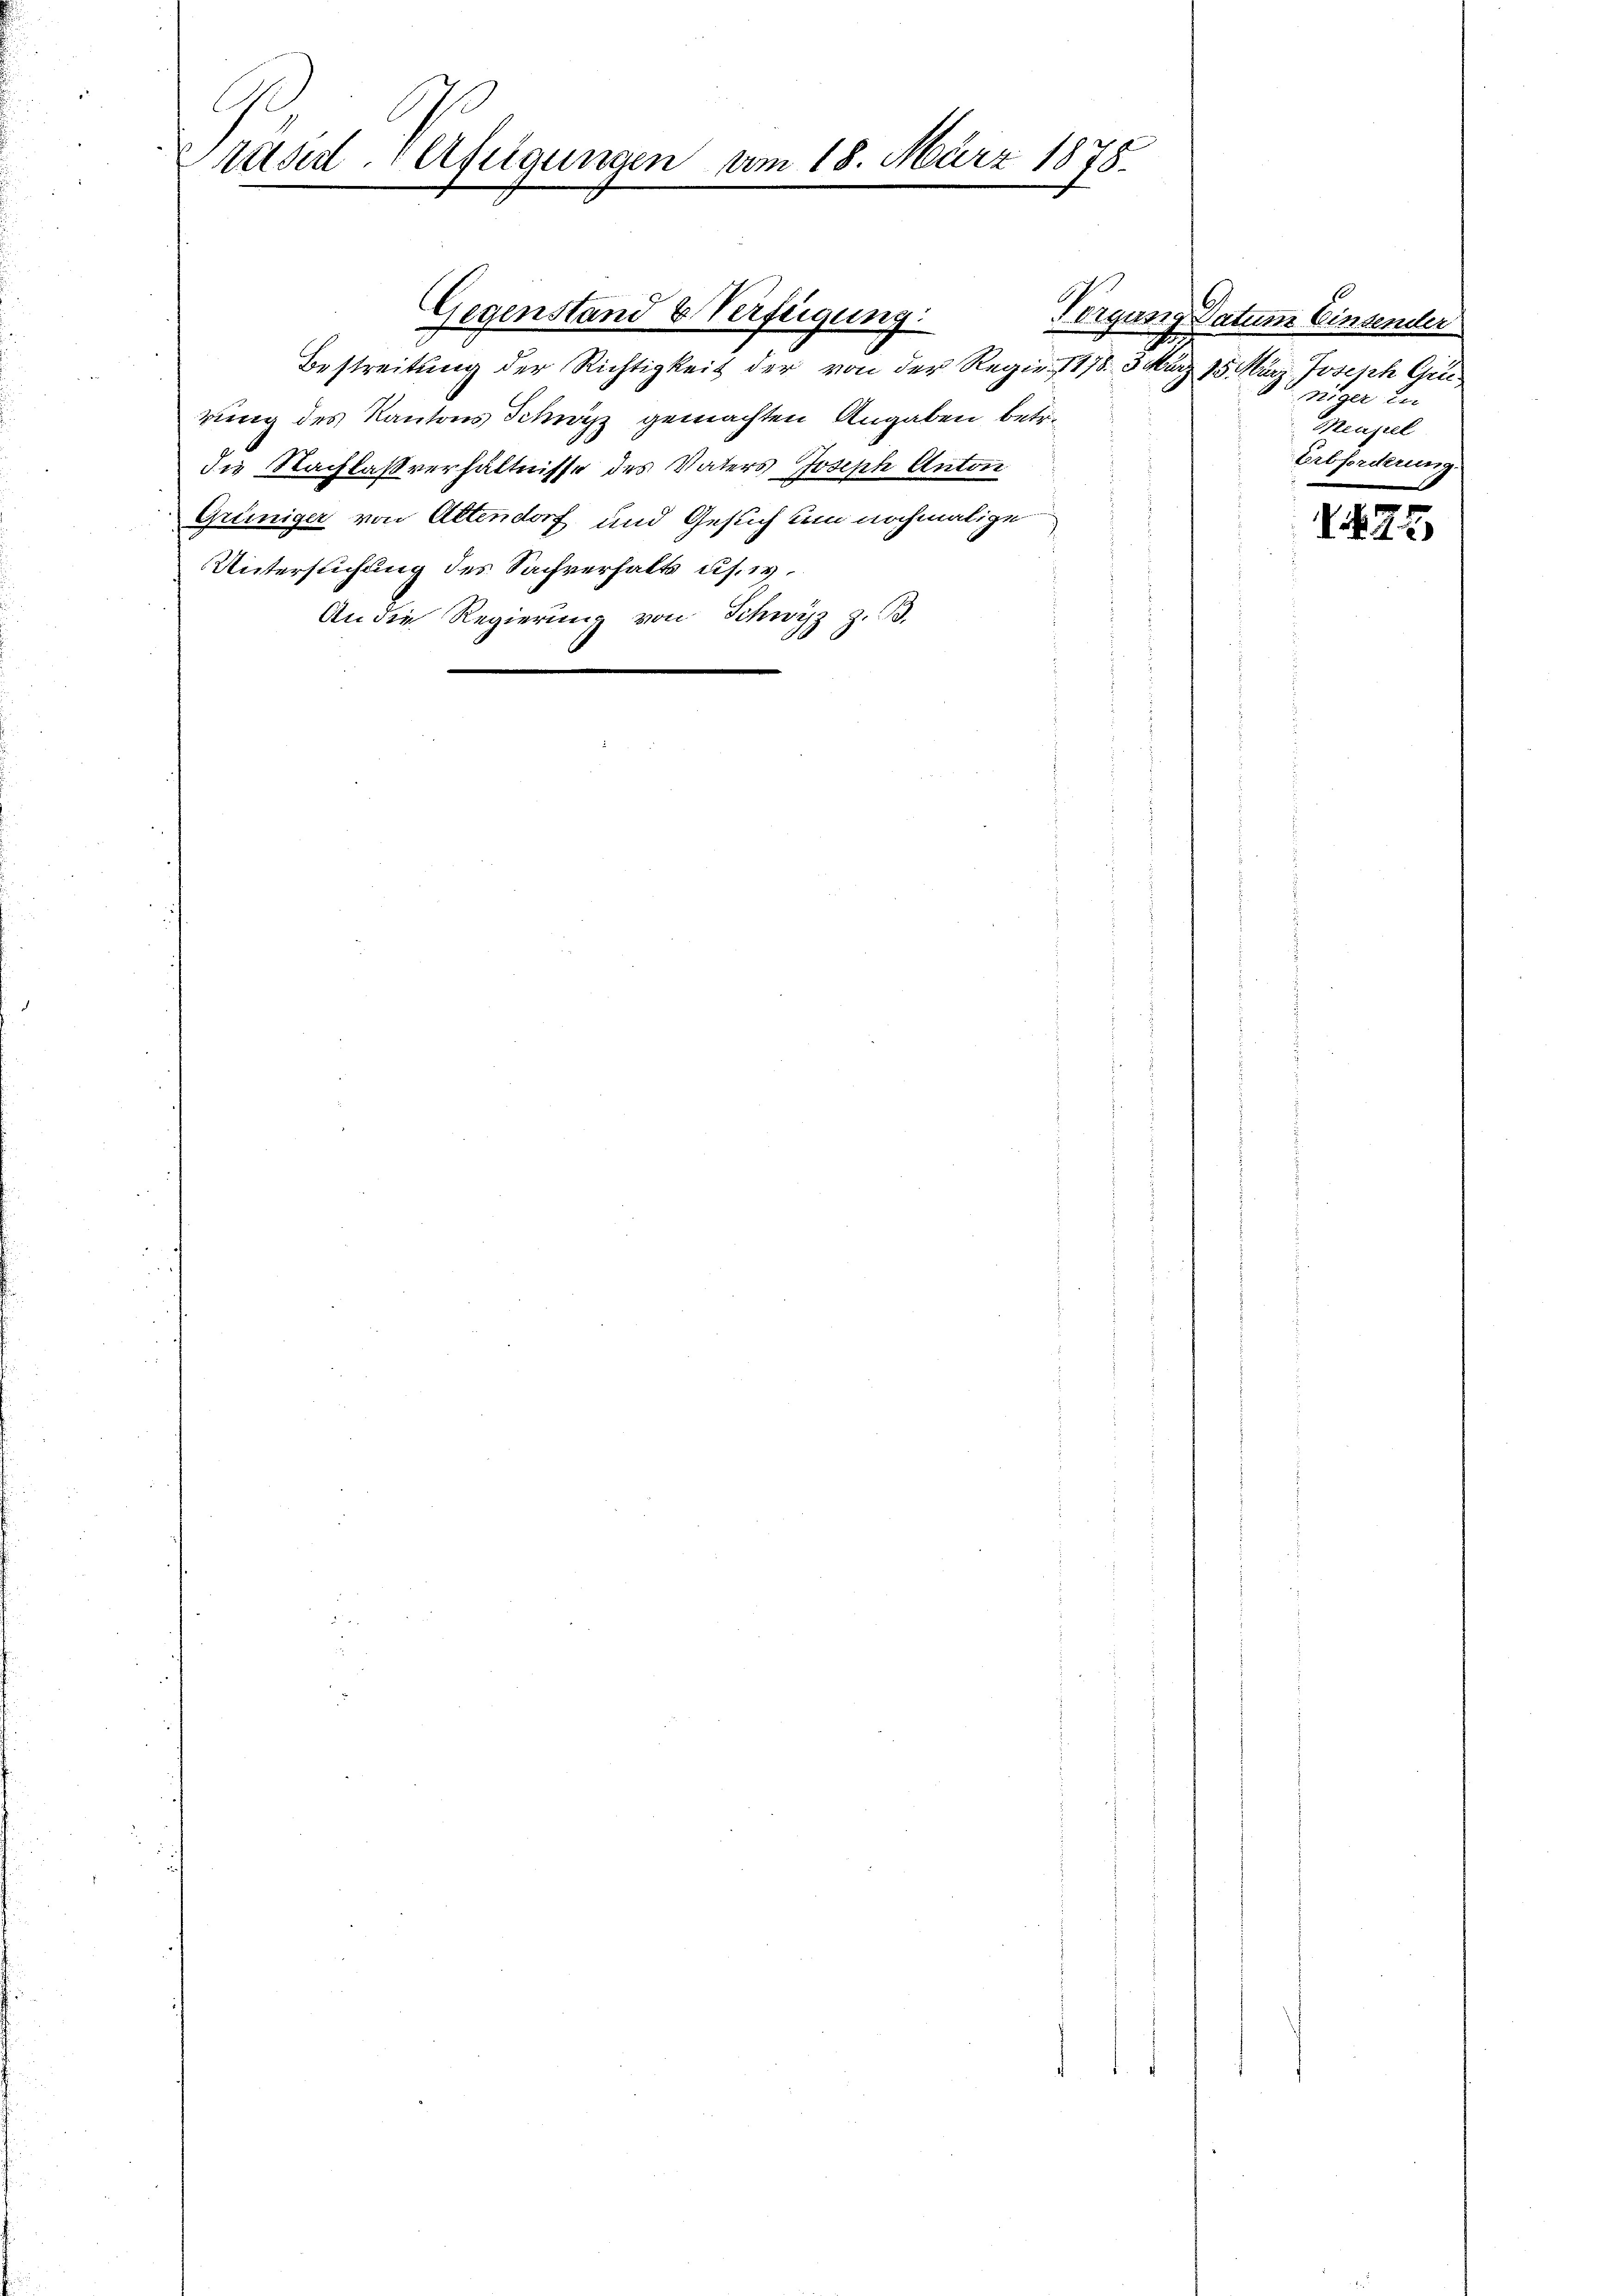
C
räsid. Verfügungen vom 18. März 1878.

rung des Kantons Schwyz gemachten Angaben betre
Ins Nachlaßverhältnisse des Vaters Joseph Anton
Grüniger von Altendorf und Gesuch den nochmalige
Untersuchung des Sachverhalts u s. w.
An die Regierung von Schwyz z. B.

Gegenstand & Verfügung:
Bestreitung der Richtigkeit der von der Regie 1178. 3. März 15 März. Joseph Gru

.

Vorgang Datum Einsender
ziger zu
Mecipiel
Erbforderung.

495